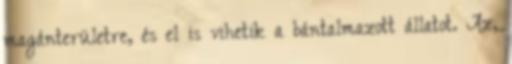
magánterületre, és el is vihetik a bántalmazott állatot. Az,